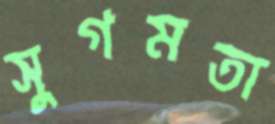
সুগমতা